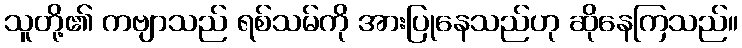
သူတို့၏ ကဗျာသည် ရစ်သမ်ကို အားပြုနေသည်ဟု ဆိုနေကြသည်။